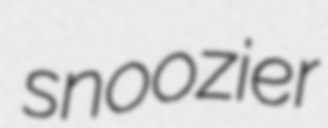
snoozier